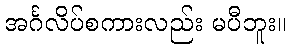
အင်္ဂလိပ်စကားလည်း မပီဘူး။